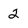
Character: 2